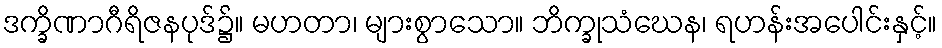
ဒက္ခိဏာဂီရိဇနပုဒ်၌။ မဟတာ၊ များစွာသော။ ဘိက္ခုသံဃေန၊ ရဟန်းအပေါင်းနှင့်။